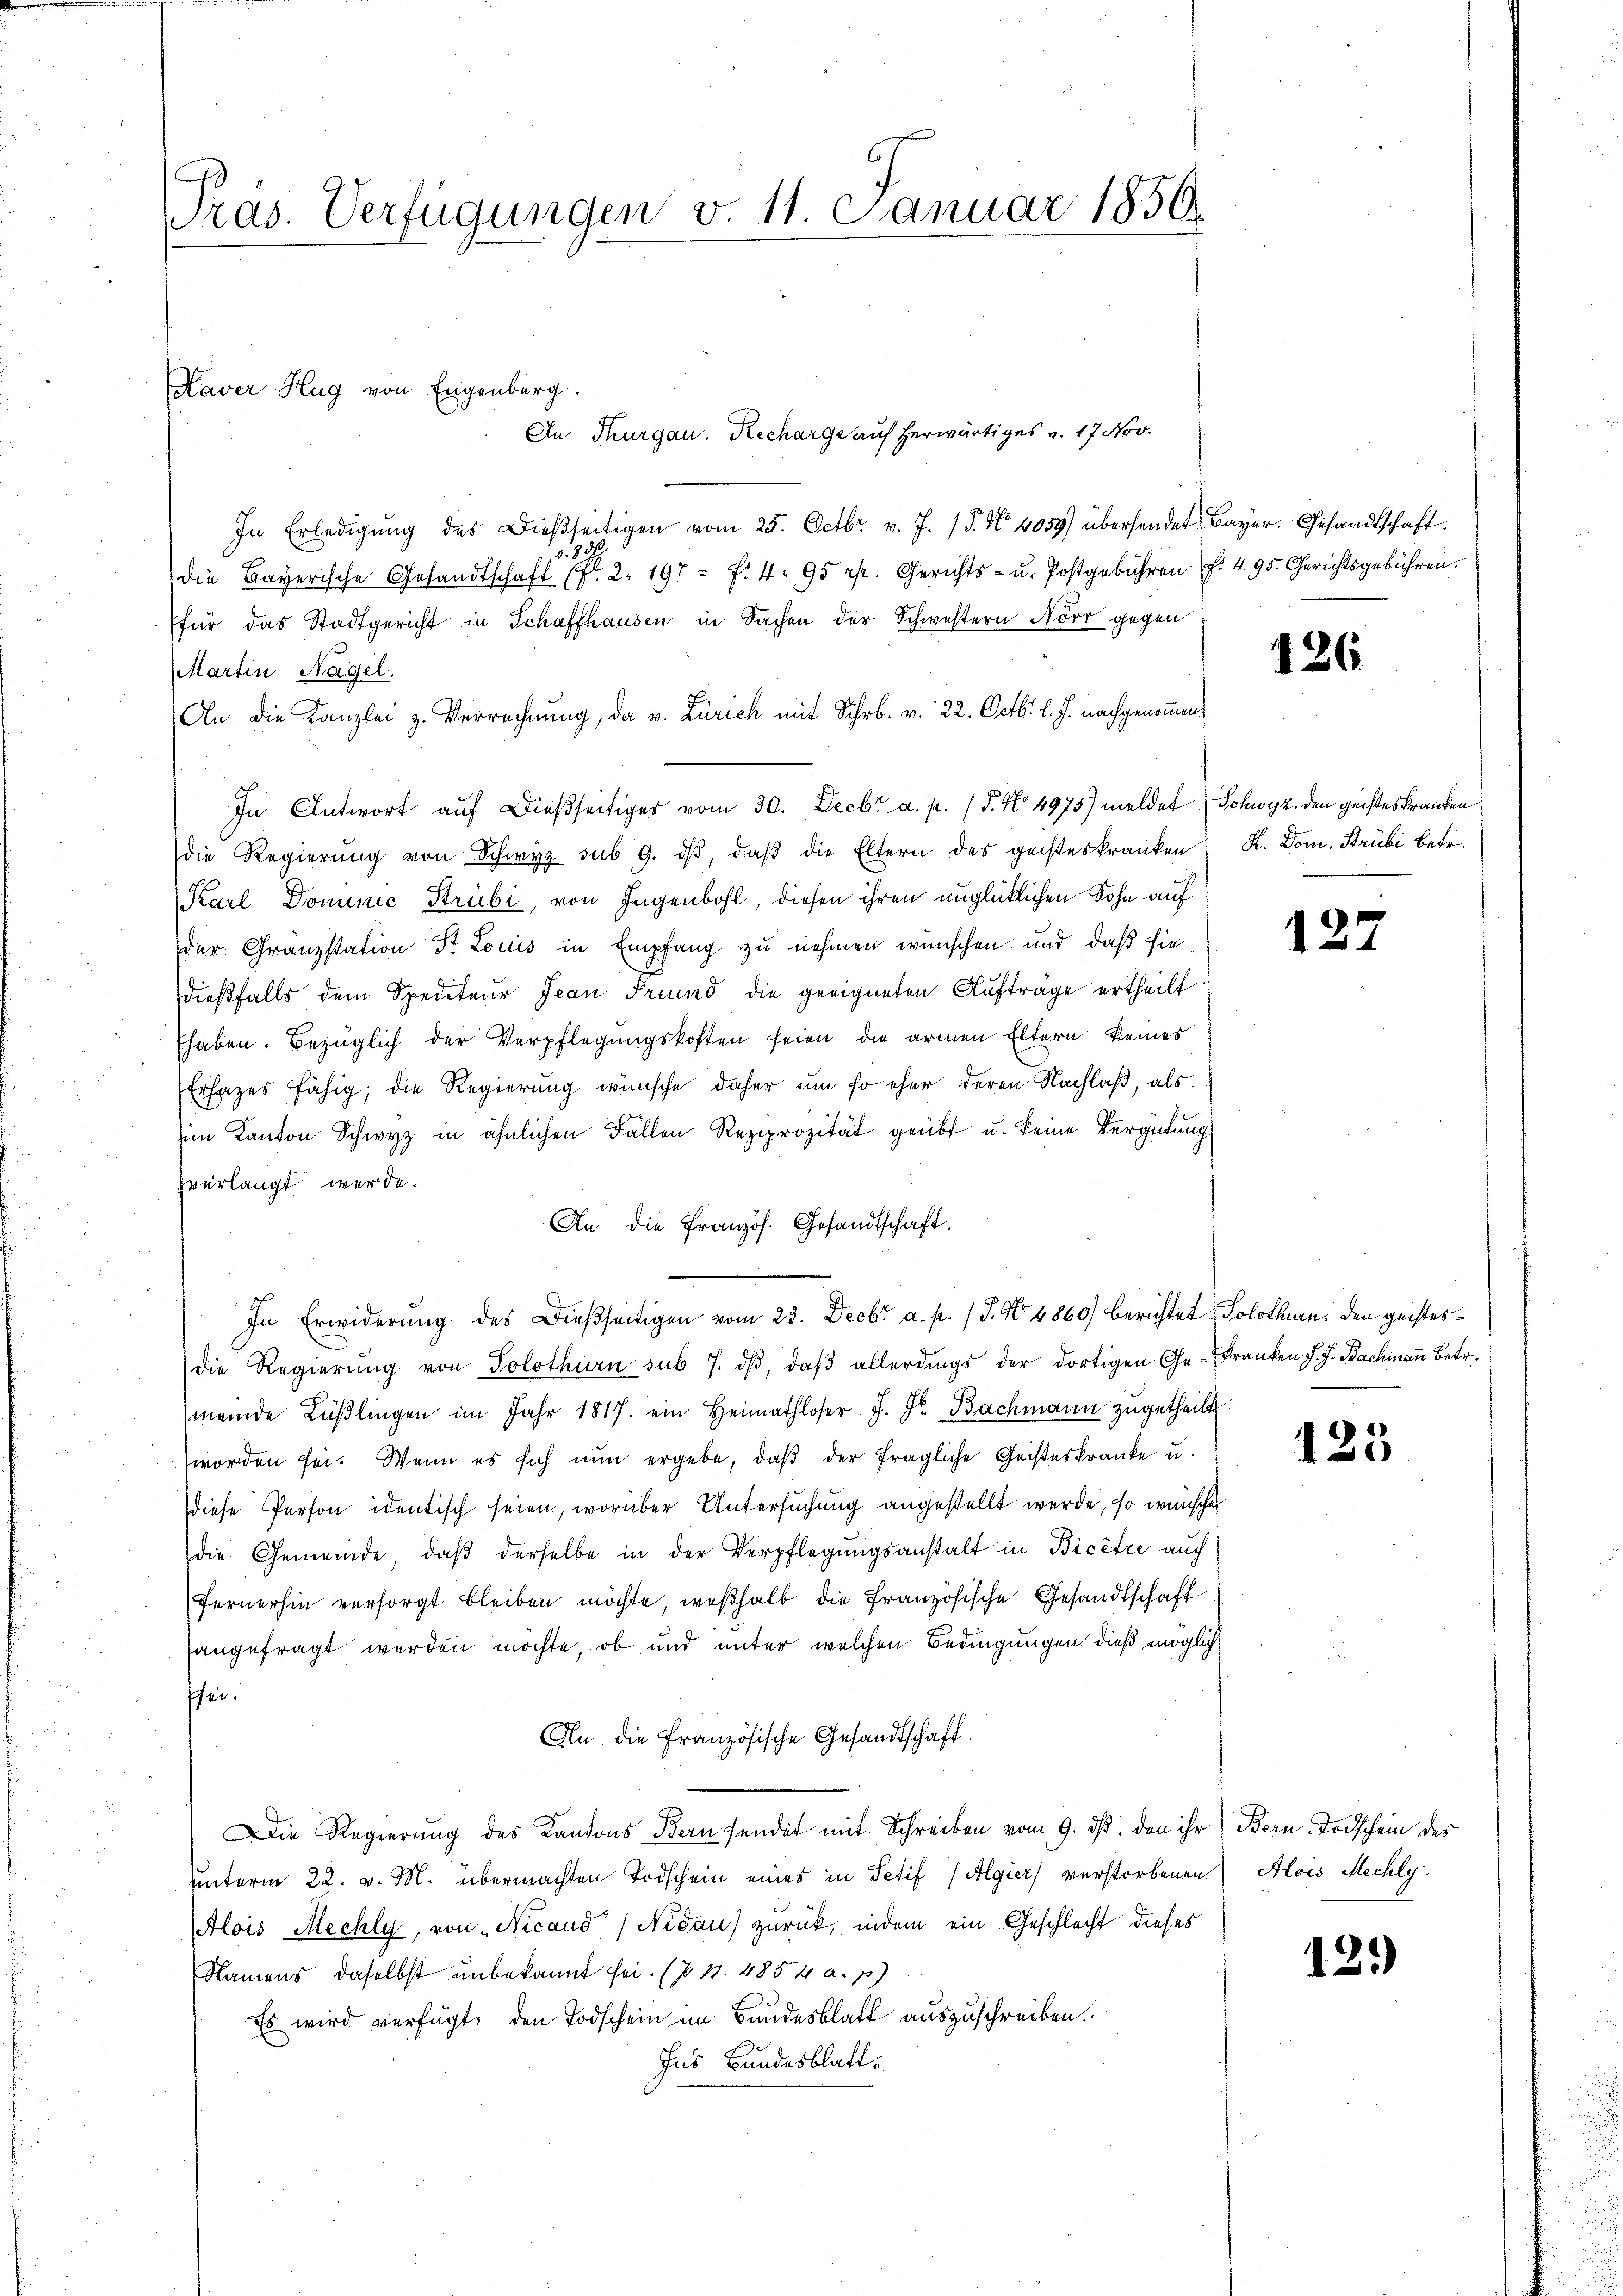
Präs. Verfügungen v. 11. Januar 1850.

In Erledigŭng des dießseitigen vom 25. Octbr. v. J. 15. No. 4059) übersendet Bayer. Gesandtschaft.
1. 80
die Bayerische Gesandtschaft (fl. 2. 197 f. 4. 95 rp. Gerichts- u. Postgebühren f. 4. 95. Gerichtsgebühren.
für das Stadtgericht in Schaffhausen in Sachen der Schwestern Nörr gegen
Martin Nagel.
An die Kanzlei z. Verrechnung, da v. Zürich mit Schr. v. 22. Octbr. l. J. nachgenommen
In Antwort aŭf dießseitiges vom 30. Decbr a. p. 15. No. 4975) meldet (Schwyz. den geistes Franken
die Regierŭng von Schwyz sub 9. dβ, daβ die Eltern des geisteskranken K. Dom. Strübi betr.
Karl Dominic Strubi, von Jugenbohl, diesen ihren unglücklichen Sohn auf
der Granzstation Dr Louis in Empfang zu nehmen wünschen und daß sie
dießfalls dem Spediteur Jean Freund die geeigneten Aufträge ertheilt
Ehaben. Bezüglich der Verpflegungskosten seien die armen Eltern keines
Erfages fähig; die Regierung wünsche daher um so eher deren Nachlaß, als
im Kanton Schwyz in ähnlichen Fällen Reziprozität geübt u. keine Vergütung
zverlangt werde.
An die Französ. Gesandtschaft.
In Erwiderung des dießseitigen vom 23. Decbr a. p. (T. No 4860) berichtet, Solothurn. Den geistesdie Regierŭng von Solothurn sub 7. dβ, daβ allerdings der dortigen Ge-Franken d. J. Bachmann Betr.
meinde Lüβlingen im Jahr 1817. ein Heimathloser J. Fr. Bachmann zugetheilt
worden sei. Wenn es sich nun ergebe, daβ der fragliche Geisteskranke u.
diese Person identisch seien, worüber Untersuchung angestellt werde, so wünsche
die Gemeinde, daβ derselbe in der Verpflegungsanstalt in Bicêtre auch
Fernerhin versorgt bleiben möchte, weßhalb die französische Gesandtschaft
sangefragt werden möchte, ob und unter welchen Bedingungen dieß möglich
fhei.
An die französische Gesandtschaft.
Die Regierung des Kantons Bern sendet mit Schreiben vom 9. ds. den ihr Bern Todschein des
unterm 22. v. M. übermachten Todschein eines in Petif (Algier) verstorbenen Alois Mechly.
Alois Mechly, von „Nicaud (Nidau) zurück, indem ein Geschlecht dieses
Namens daselbst unbekannt sei. (§ 1. 4854 a. p.)
Es wird verfügt, den Todschein im Bundesblatt auszuschreiben.
Ins Bundesblatt.

Haver Hug von Eugenberg.
An Thurgau. Recharge auf herwärtiges v. 17. Nov.

126

127

125

12.)